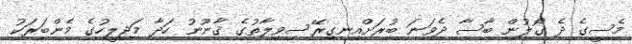
މެސީގެ ދެ ގޯލުން ބާސާ ދެވަނަ ބުރަށްއިނގިރޭސިވިލާތުގެ ޤާނޫނު ހަދާ މަޖިލީހުގެ މެންބަރަކު